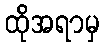
ထိုအရာမှ